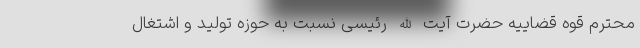
محترم قوه قضاییه حضرت آیت الله رئیسی نسبت به حوزه تولید و اشتغال